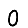
Digit: 0